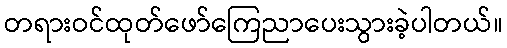
တရားဝင်ထုတ်ဖော်ကြေညာပေးသွားခဲ့ပါတယ်။